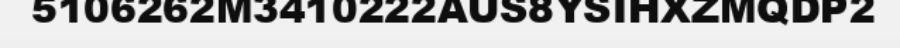
5106262M3410222AUS8YSIHXZMQDP2